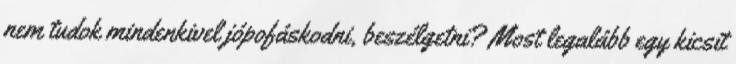
nem tudok mindenkivel jópofáskodni, beszélgetni? Most legalább egy kicsit